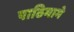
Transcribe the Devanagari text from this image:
पाठिमागे